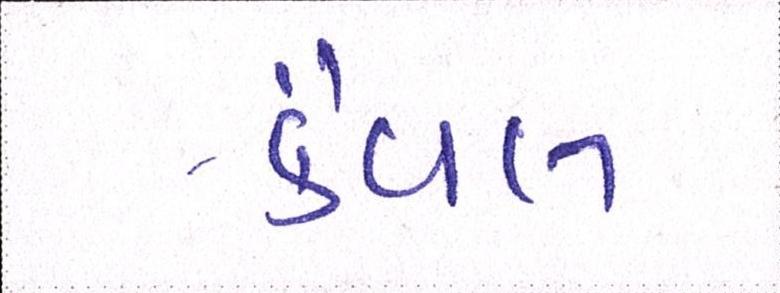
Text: કૈવલ